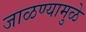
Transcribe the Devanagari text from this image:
जाळण्यामुळे